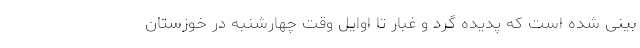
بینی شده است که پدیده گرد و غبار تا اوایل وقت چهارشنبه در خوزستان